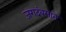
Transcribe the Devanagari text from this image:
जगदंबमाते